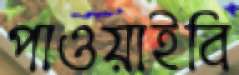
পাওয়াইবি